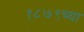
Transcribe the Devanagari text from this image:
१८७९च्या